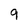
Character: 9